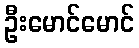
ဦးမောင်မောင်